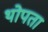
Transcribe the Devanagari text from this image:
थोपता